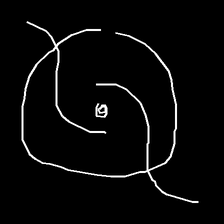
Glyph: repetition